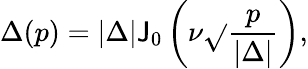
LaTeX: \Delta(p)=|\Delta|\mathsf{J}_{0}\left(\nu\sqrt{}{{\frac{{p}}{{|\Delta|}}}}\right),